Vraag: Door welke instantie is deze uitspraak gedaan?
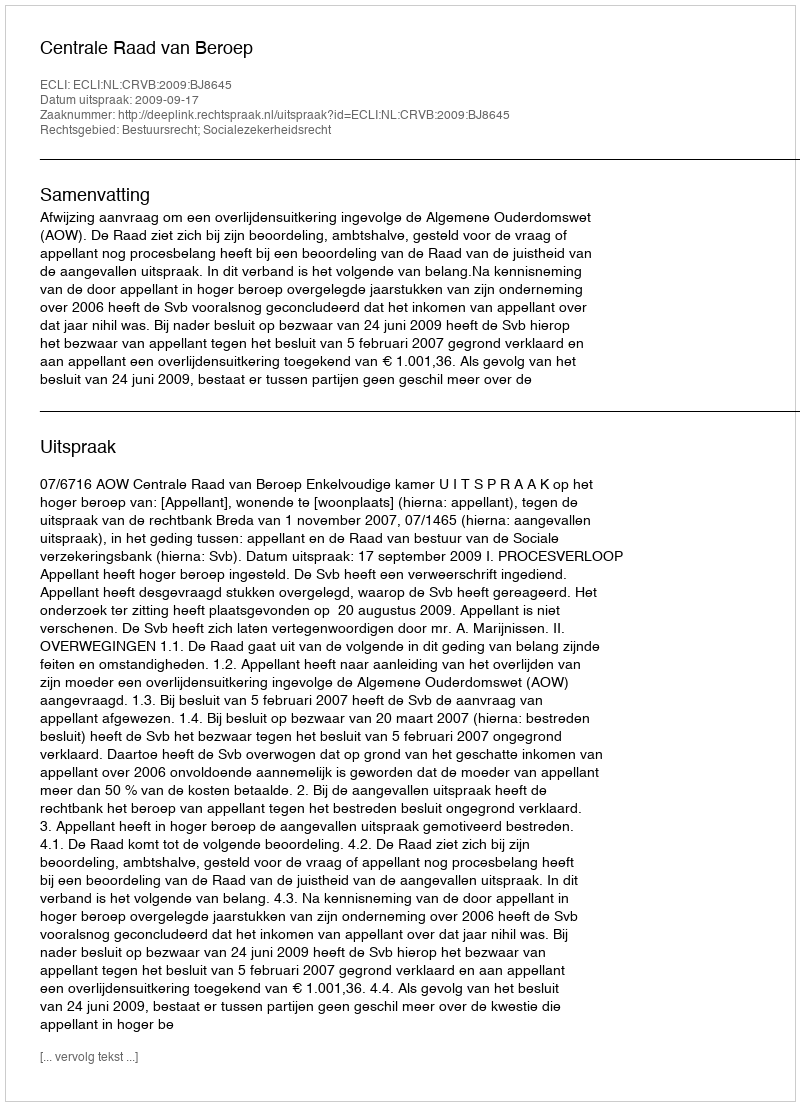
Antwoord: Centrale Raad van Beroep